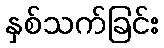
နှစ်သက်ခြင်း